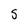
Character: S